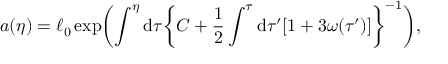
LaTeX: a ( \eta ) = \ell _ { 0 } \exp \biggl ( \int ^ { \eta } \mathrm { d } \tau \biggl \{ C + \frac { 1 } { 2 } \int ^ { \tau } \mathrm { d } \tau ^ { \prime } [ 1 + 3 \omega ( \tau ^ { \prime } ) ] \biggr \} ^ { - 1 } \biggr ) ,